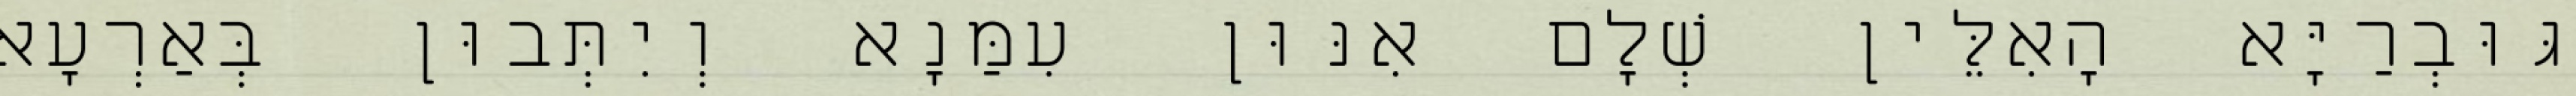
גּוּבְרַיָּא הָאִלֵּין שְׁלָם אִנּוּן עִמַּנָא וְיִתְּבוּן בְּאַרְעָא